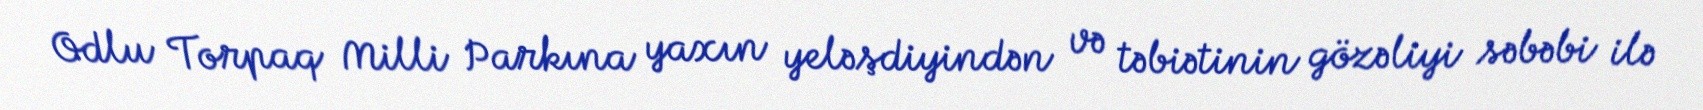
Odlu Torpaq Milli Parkına yaxın yeləşdiyindən və təbiətinin gözəliyi səbəbi ilə